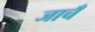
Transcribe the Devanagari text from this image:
जाचँ